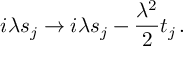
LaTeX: i \lambda s _ { j } \to i \lambda s _ { j } - \frac { \lambda ^ { 2 } } { 2 } t _ { j } \, .